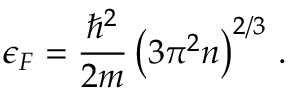
\epsilon _ { F } = { \frac { \hbar ^ { 2 } } { 2 m } } \left( { 3 \pi ^ { 2 } n } \right) ^ { 2 / 3 } \, .